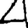
Digit: 4